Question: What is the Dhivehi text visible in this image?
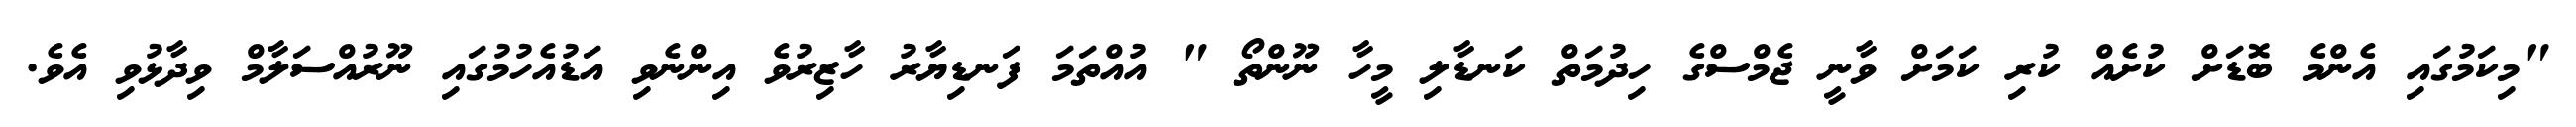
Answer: "މިކަމުގައި އެންމެ ބޮޑަށް ކުށެއް ކުރި ކަމަށް ވާނީ ޖެމްސްގެ ހިދުމަތް ކަނޑާލި މީހާ ނޫންތޯ " އުއްތަމަ ފަނޑިޔާރު ހާޒިރުވެ އިންނެވި އަޑުއެހުމުގައި ނޫރުއްސަލާމް ވިދާޅުވި އެވެ.